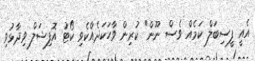
އެއީ ފީސިބަލް ކަމެއް ވެސް ނޫން" ކުރިން ވާހަކަދެއްކެވި ކޯޓު އޮފިޝަލް ވިދާޅުވި